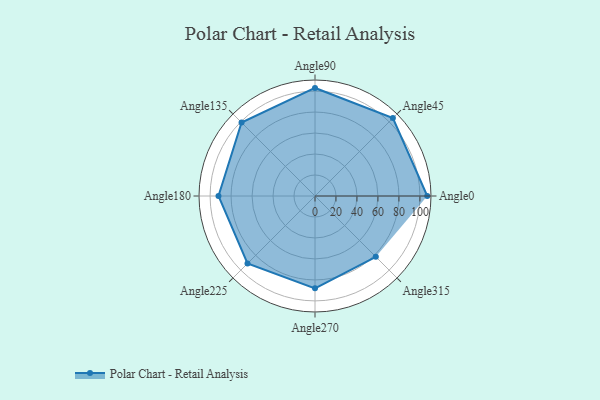
{"axis": {"x": "Angle", "y": "Radius"}, "legend": [""], "data": [{"x": "Angle0", "y": 107.0, "type": ""}, {"x": "Angle45", "y": 105.0, "type": ""}, {"x": "Angle90", "y": 103.0, "type": ""}, {"x": "Angle135", "y": 99.0, "type": ""}, {"x": "Angle180", "y": 92.0, "type": ""}, {"x": "Angle225", "y": 91.0, "type": ""}, {"x": "Angle270", "y": 88.0, "type": ""}, {"x": "Angle315", "y": 82.0, "type": ""}]}